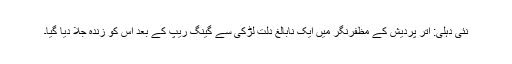
نئی دہلی: اتر پردیش کے مظفرنگر میں ایک نابالغ دلت لڑکی سے گینگ ریپ کے بعد اس کو زندہ جلا دیا گیا۔